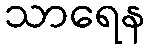
သာရေန